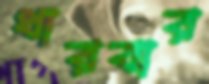
ধারবার